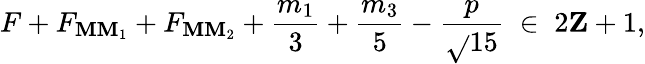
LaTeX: F+F_{\mathbf{M}\mathbf{M}_{1}}+F_{\mathbf{M}\mathbf{M}_{2}}+\frac{{m_{1}}}{{3}}+\frac{{m_{3}}}{{5}}-\frac{{p}}{{\sqrt{}{{15}}}}\; \in\; 2{\mathbf{Z}}+1,